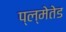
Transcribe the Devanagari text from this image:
प्ल्मेतेड